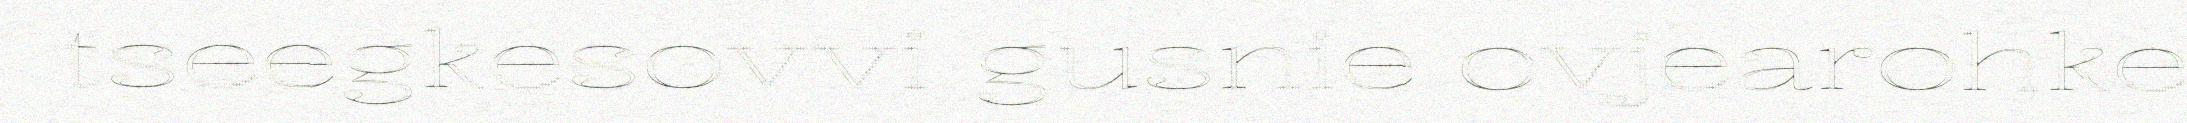
tseegkesovvi gusnie ovjearohke